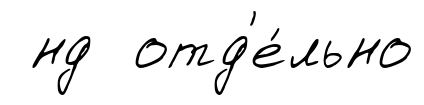
нд отд'е́льно